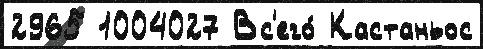
2965 1004027 Вс'его́ Кастаньос